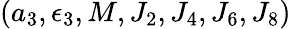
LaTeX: (a_{3},\epsilon_{3},M,J_{2},J_{4},J_{6},J_{8})